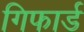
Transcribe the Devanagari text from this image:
गिफार्ड